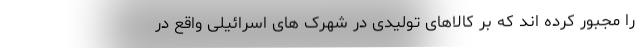
را مجبور کرده اند که بر کالاهای تولیدی در شهرک های اسرائیلی واقع در